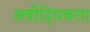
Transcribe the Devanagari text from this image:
अबौद्धिकता